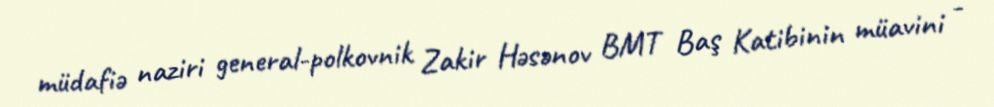
müdafiə naziri general-polkovnik Zakir Həsənov BMT Baş Katibinin müavini -